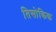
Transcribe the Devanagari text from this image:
तिसोकिक